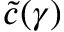
\widetilde c ( \gamma )